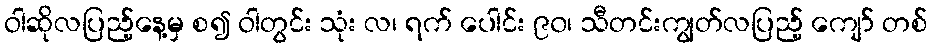
ဝါဆိုလပြည့်နေ့မှ စ၍ ဝါတွင်း သုံး လ၊ ရက် ပေါင်း ၉၀၊ သီတင်းကျွတ်လပြည့် ကျော် တစ်